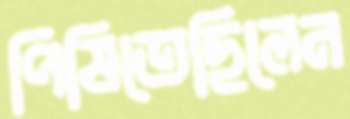
পিষিতেছিলেন